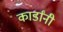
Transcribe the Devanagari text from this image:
कार्डांनी